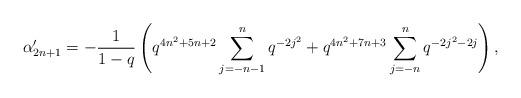
LaTeX: \begin{align*} \alpha'_{2n+1} = -\frac{1}{1-q}\left(q^{4n^2+5n+2}\sum_{j=-n-1}^{n}q^{-2j^2} + q^{4n^2+7n+3}\sum_{j=-n}^{n}q^{-2j^2-2j}\right),\end{align*}